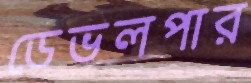
ডেভলপার